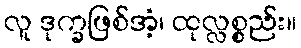
လူ ဒုက္ခဖြစ်အံ့၊ ထုလ္လစ္စည်း။